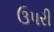
ઉપરી